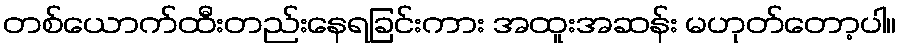
တစ်ယောက်ထီးတည်းနေရခြင်းကား အထူးအဆန်း မဟုတ်တော့ပါ။